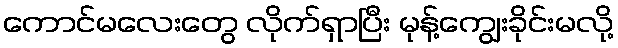
ကောင်မလေးတွေ လိုက်ရှာပြီး မုန့်ကျွေးခိုင်းမလို့